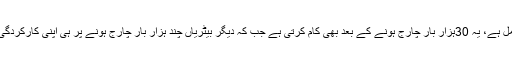
محققین کے مطابق یہ بیٹری انتہائی طویل عمر کی حامل ہے، یہ 30ہزار بار چارج ہونے کے بعد بھی کام کرتی ہے جب کہ دیگر بیٹریاں چند ہزار بار چارج ہونے پر ہی اپنی کارکردگی کم کرنے لگتی ہیں اور ان کی لائف بھی کم ہوتی ہے۔